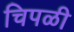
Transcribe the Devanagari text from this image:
चिपळी